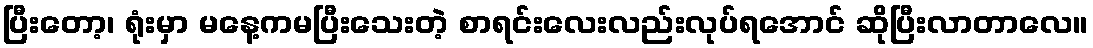
ပြီးတော့၊ ရုံးမှာ မနေ့ကမပြီးသေးတဲ့ စာရင်းလေးလည်းလုပ်ရအောင် ဆိုပြီးလာတာလေ။